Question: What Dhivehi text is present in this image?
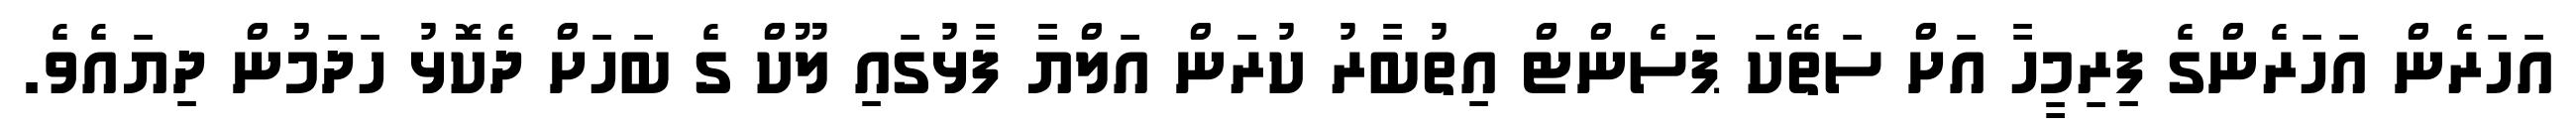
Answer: އަހަރެން އަހަރެންގެ ފިރިމީހާ އަށް ސަތޭކަ ޕަސެންޓް އިތުބާރު ކުރަން އަލްޔާ ފާޅުގައި ލޫކް ގެ ބަހަށް ދެކޮޅު ހަދަމުން ދިޔައެވެ.